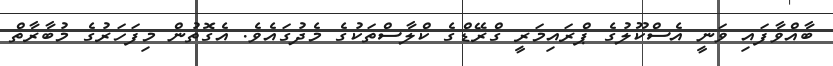
ބާއްވާފައި ވަނީ އެސްކޫލުގެ ޕްރައިމަރީ ގްރޭޑްގެ ކްލާސްތަކުގެ މެދުގައެވެ. އެގޮތުން މިފަހަރުގެ މުބާރާތް